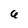
Character: U